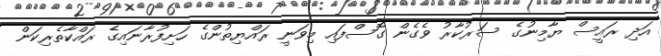
އަދި ރައީސް ޔާމިނުގެ ސަރުކާރު ވެގެން ގޮސްފައި މިވަނީ ރައްޔިތުންގެ ހަށިފުރާނައިގެ ރައްކާތެރިކަން